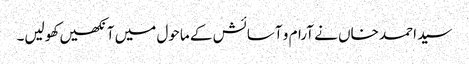
سید احمد خاں نے آرام و آسائش کے ماحول میں آنکھیں کھولیں۔